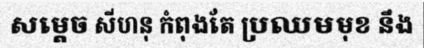
សម្តេច សីហនុ កំពុងតែ ប្រឈមមុខ នឹង